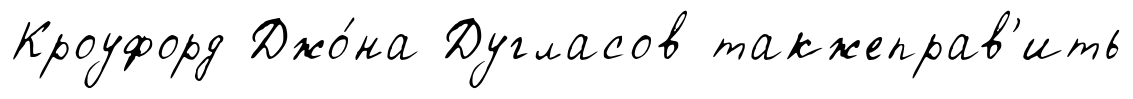
Кроуфорд Джо́на Дугласов такжеправ'ить